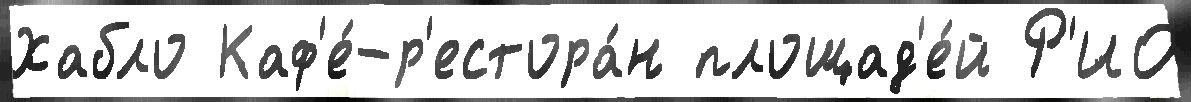
Хабло Каф'е́-р'естора́н площад'е́й Р'ИО